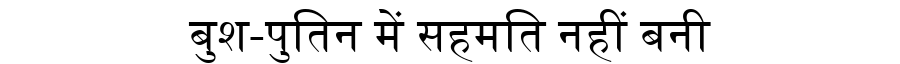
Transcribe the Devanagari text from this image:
बुश-पुतिन में सहमति नहीं बनी